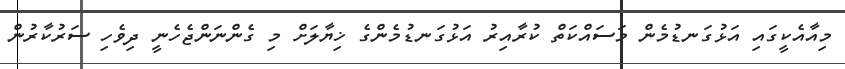
މިއާއެކީގައި އަޅުގަނޑުމެން މަސައްކަތް ކުރާއިރު އަޅުގަނޑުމެންގެ ޚިޔާލަށް މި ގެންނަންޖެހެނީ ދިވެހި ސަރުކާރުން